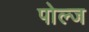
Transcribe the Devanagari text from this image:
पोल्ज